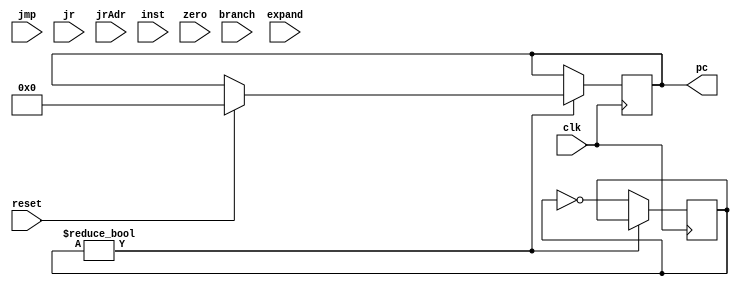
`timescale 1ns / 1ps
module PCNext(
    input                           clk,
    input                           reset,
    input jmp,
    input jr,
    input[31:0] jrAdr,
    input branch,
    input[31:0] expand,
    input[31:0] inst,
    input zero,
    output reg [31:0] pc
);

wire pcSrc1, pcSrc2;
wire[31:0] jAdr, branchAdr;
wire[31:0] pcAdd4;
integer start;

assign pcAdd4 = pc + 4;
assign branchAdr = pcAdd4 + (expand << 2);
assign jAdr = jr ? jrAdr:{pcAdd4[31:28], inst[25:0], 2'b00};

assign pcSrc1 = (branch & zero);
assign pcSrc2 = (jmp | jr);

initial begin
    pc = 0;
    start = 0;
end

always @(posedge clk) begin

    if (start) begin
        
        casex({pcSrc2, pcSrc1})
            2'b00: pc <= pc + 4;
            2'b01: pc <= branchAdr;
            2'b1x: pc <= jAdr;
            default: pc <= pc + 4;
        endcase

        if (reset) pc = 0;
    end
    else start = ~start;

end


endmodule  //module_name